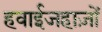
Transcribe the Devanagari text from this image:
हवाईजहाज़ों